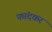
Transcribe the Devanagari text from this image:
फांदकर